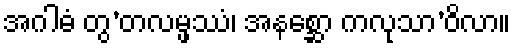
အဂါဓံ တွ’တလမ္ဖဿံ၊ အနစ္ဆော ကလုသာ’ဝိလာ။